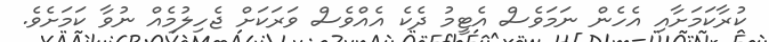
ކުރާކަމަށާއި އެހެން ނަމަވެސް އެޓީމު ދެކެ އެއްވެސް ވަރަކަށް ޖެހިލުމެއް ނުވާ ކަމަށެވެ.